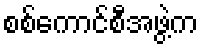
စစ်ကောင်စီအဖွဲ့က